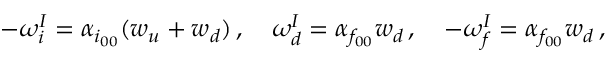
- \omega _ { i } ^ { I } = \alpha _ { i _ { 0 0 } } ( w _ { u } + w _ { d } ) \, , \quad \omega _ { d } ^ { I } = \alpha _ { f _ { 0 0 } } w _ { d } \, , \quad - \omega _ { f } ^ { I } = \alpha _ { f _ { 0 0 } } w _ { d } \, ,